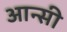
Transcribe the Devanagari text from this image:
आन्सी